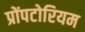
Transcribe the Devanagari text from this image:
प्रोंपटोरियम